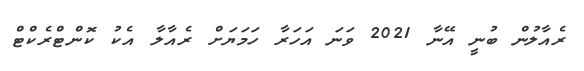
ރެއާލުން ބުނީ އޭނާ 2021 ވަނަ އަހަރާ ހަމަޔަށް ރެއާލާ އެކު ކޮންޓްރެކްޓް